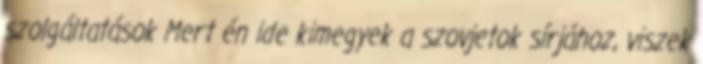
szolgáltatások Mert én ide kimegyek a szovjetok sírjához, viszek